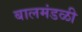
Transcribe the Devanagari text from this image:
बालमंडळी